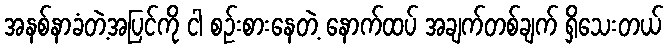
အနစ်နာခံတဲ့အပြင်ကို ငါ စဉ်းစားနေတဲ့ နောက်ထပ် အချက်တစ်ချက် ရှိသေးတယ်